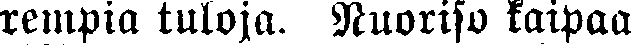
rempia tuloja. Nuoriso kaipaa